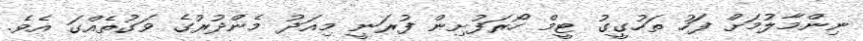
ނިންމާލުމަށް ފަހު ތަހުގީގު ޓީމް ހޯރަފުށިން ފުރަނީ މިއަދު މެންދުރުގެ ވަގުތެއްގަ އެވެ.